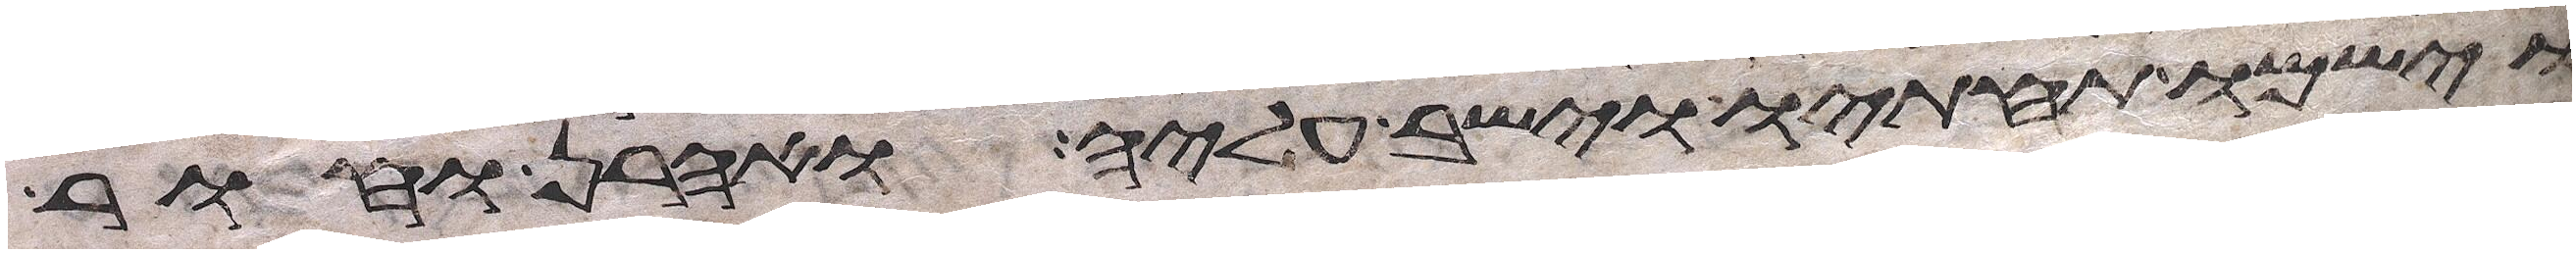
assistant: וישמו תחתיו וישב עליה ואהרן וחור